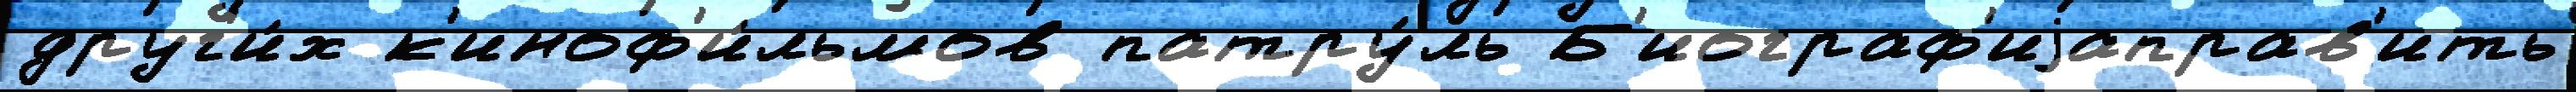
друг'и́х к'иноф'и́льмов патру́ль Б'иограф'иjаправ'ить